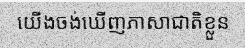
យើងចង់ឃើញភាសាជាតិខ្លួន